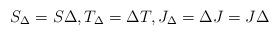
LaTeX: \begin{align*} S_\Delta = S \Delta, T_\Delta = \Delta T, J_\Delta = \Delta J = J \Delta \end{align*}